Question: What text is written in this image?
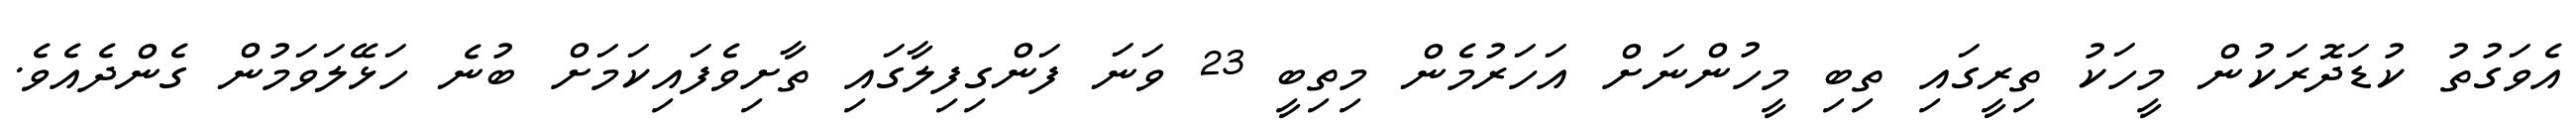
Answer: އެވަގުތު ކުޑަދޮރަކުން މީހަކު ތިރީގައި ތިބި މީހުންނަށް އަހަރުމެން މިތިބީ 23 ވަނަ ފަންގިފިލާގައި ތާށިވެފައިކަމަށް ބުނެ ހަޅޭލަވަމުން ގެންދެއެވެ.